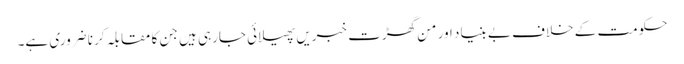
حکومت کے خلاف بے بنیاد اور من گھڑت خبریں پھیلائی جارہی ہیں جن کا مقابلہ کرنا ضروری ہے۔